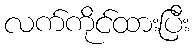
လက်ကိုင်ထားပြီး